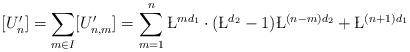
LaTeX: \begin{align*}[U'_{n}]=\sum_{m\in I} [U'_{n,m}]=\sum_{m=1}^n \L^{md_1}\cdot (\L^{d_2}-1)\L^{(n-m)d_2}+\L^{(n+1)d_1}\end{align*}